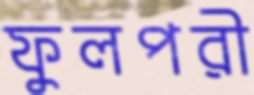
ফুলপরী